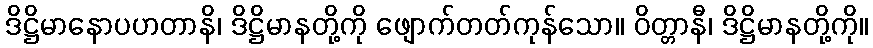
ဒိဋ္ဌိမာနောပဟတာနိ၊ ဒိဋ္ဌိမာနတို့ကို ဖျောက်တတ်ကုန်သော။ ဝိတ္တာနီ၊ ဒိဋ္ဌိမာနတို့ကို။